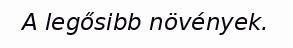
A legősibb növények.